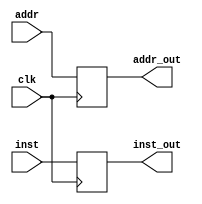
module ifid(clk, addr, inst, addr_out, inst_out);
	// init inputs
	input clk;
	input [7:0] addr;
	input [31:0] inst;

	// init outputs
	output reg [7:0] addr_out;
	output reg [31:0] inst_out;

always@(negedge clk)
begin

	// assign outputs to corresponding inputs
    inst_out = inst;
    addr_out = addr;

end

endmodule